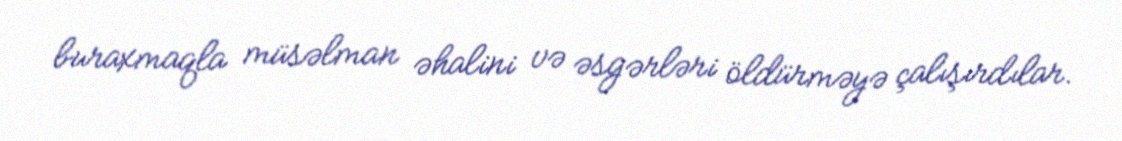
buraxmaqla müsəlman əhalini və əsgərləri öldürməyə çalışırdılar.